Scottish Leaving Certificate Examination, 1959
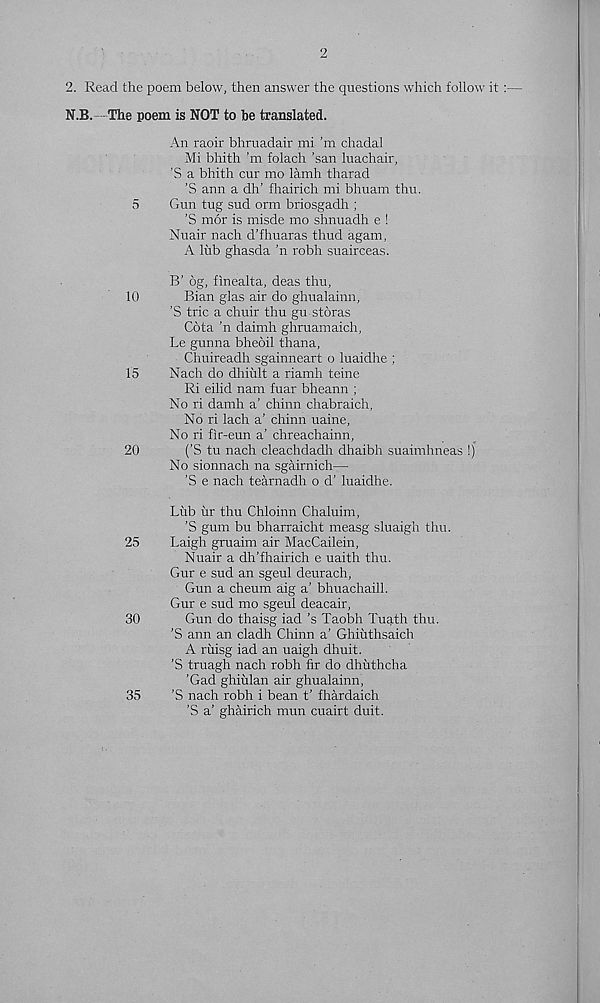
2
2. Read the poem below, then answer the questions which follow it
N.B. The poem is NOT to he translated.
An raoir bhruadair mi ’m chadal
Mi bhith’m folach ’san luachair,
’S a bhith cur mo lamh tharad
’S ann a dh’ fhairich mi bhuam thu.
5
Gun tug sud orm briosgadh ;
’S mor is misde mo shnuadh e !
Nuair nach d’fhuaras thud again,
A lub ghasda ’n robh suairceas.
B’ 6g, finealta, deas thu,
10
Bian glas air do ghualainn,
’S trie a chuir thu gu storas
Cota ’n daimh ghruamaich,
Le gunna bheoil thana,
Chuireadh sgainneart o luaidhe ;
15
Nach do dhiult a riamh teine
Ri eilid nam fuar bheann ;
No ri damh a’ chinn chabraich,
No ri lach a’ chinn uaine,
No ri fir-eun a’ chreachainn,
20
(’S tu nach cleachdadh dhaibh suaimhneas !)
No sionnach na sgairnich—
'S e nach tearnadh o d’ luaidhe.
Lub ur thu Chloinn Chaluim,
’S gum bu bharraicht measg sluaigh thu.
25
Laigh gruaim air MacCailein,
Nuair a dh’fhairich e uaith thu.
Gur e sud an sgeul deurach,
Gun a cheum aig a' bhuachaill.
Gur e sud mo sgeul deacair,
30
Gun do thaisg lad’s Taobh Tuath thu.
’S ann an cladh Chinn a’ Ghiuthsaich
A ruisg iad an uaigh dhuit.
’S truagh nach robh fir do dhuthcha
’Gad ghiulan air ghualainn,
35
’S nach robh i bean t’ fhardaich
’S a’ ghairich mun cuairt duit.